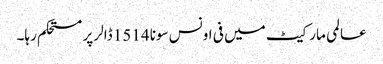
عالمی مارکیٹ میں فی اونس سونا 1514 ڈالر پر مستحکم رہا۔